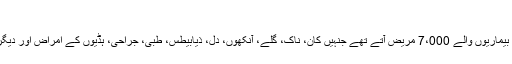
[اشفاق یوسفزئی]
مسعود کا کہنا تھا، "کورونا وائرس آنے سے پہلے، ہمارے ہاں دن میں عام بیماریوں والے 7،000 مریض آتے تھے جنہیں کان، ناک، گلے، آنکھوں، دل، ذیابیطس، طبی، جراحی، ہڈیوں کے امراض اور دیگر امراض کے لیے تشخیص اور علاج کی مفت خدمات فراہم کی جاتی تھیں۔